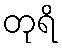
တုရိ